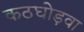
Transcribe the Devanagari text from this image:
कठघोड़वा